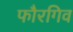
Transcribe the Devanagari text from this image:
फौरगिव